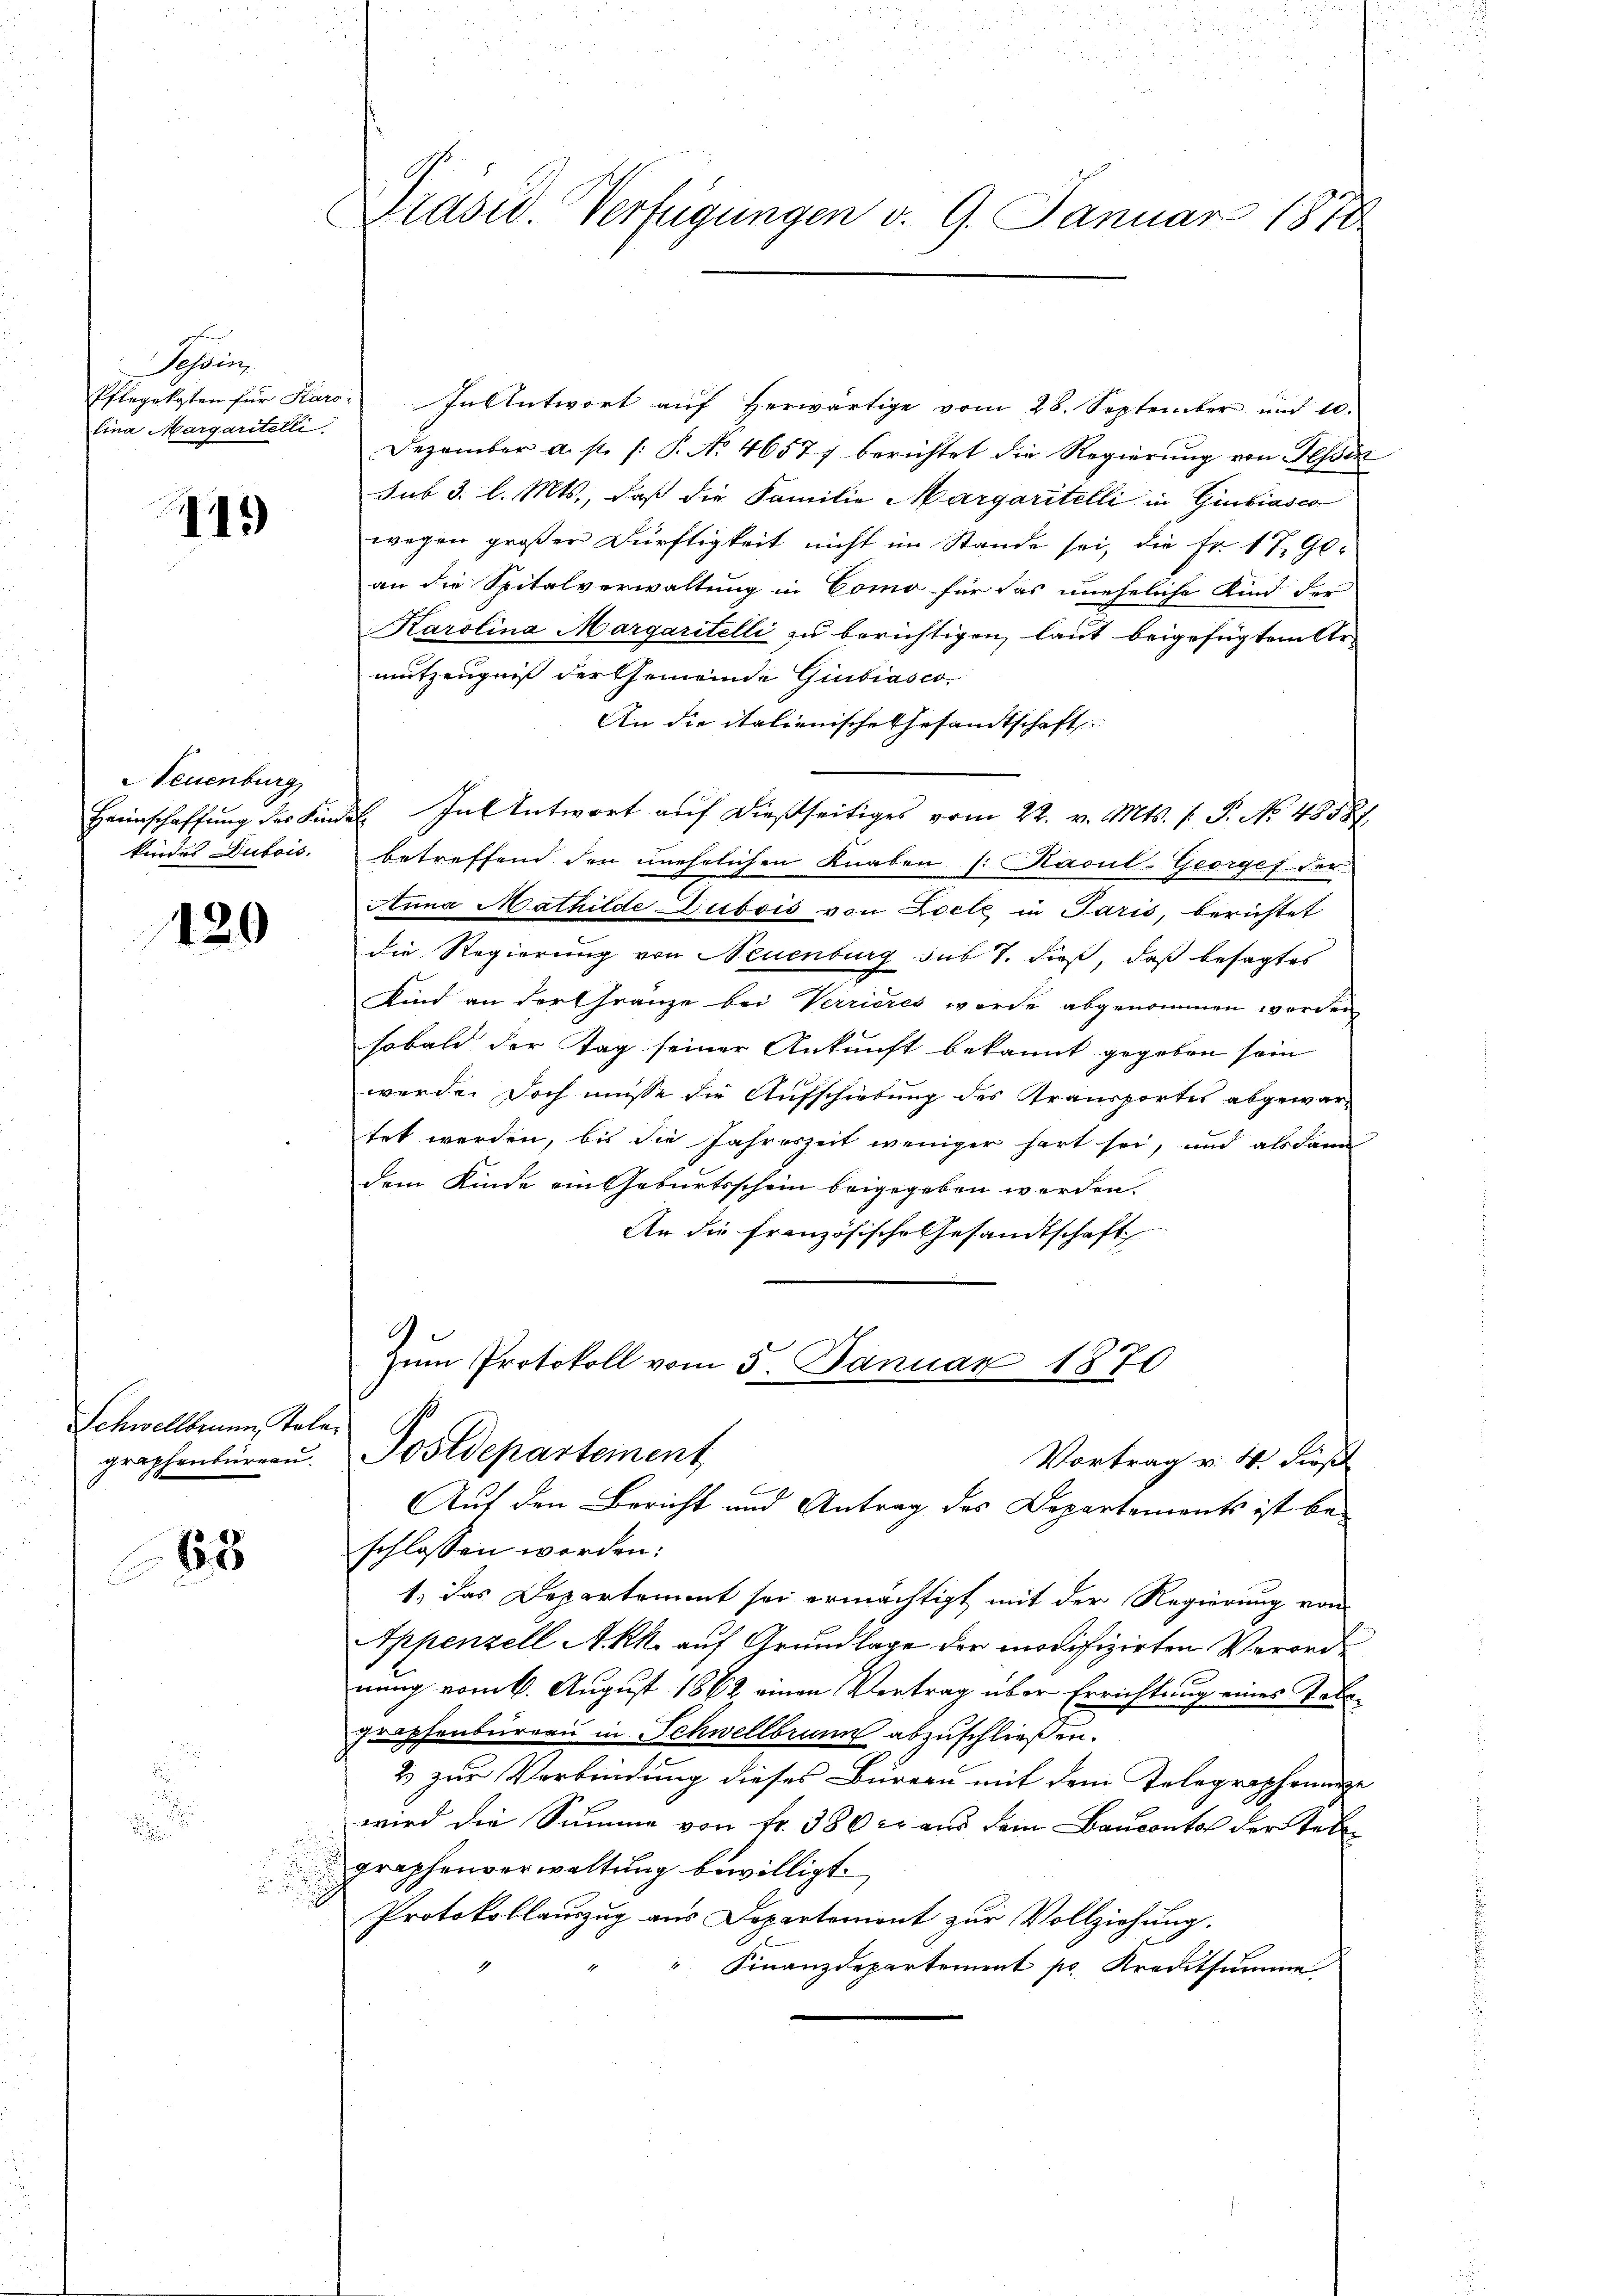
Tessin,
lina Margaritelli

d

41.)

Neuenburg
kindes Dubois.

420

Schwellbrunn, Kala

63

.

u

Präsid. Verfügungen d. 9. Januar 1870

Pflegekosten für Karo: In Antwort auf Herwärtige vom 28. September und 10.
Dezember a. p. /: P. No. 46577 berichtet die Regierŭng von Tessin
sub 3. l. Mts., daß die Familie Margaritelli in Giubiasco
wegen großer Dürftigkeit nicht im Stande sei, die Fr. 17, Ge-
an die Spitalverwaltung in Como für das uneheliche Kind der
Karolina Margaritelli zu berichtigen, laut beigefügtem Ar-
mutzeugniß der Gemeinde Giubiasco
An die italienische Gesandtschaft
Heimschaffung des Kindel Inl Antwort auf dießseitiges vom 22. v. Mts. f. P. No 48587.
betreffend den unehelichen Knaben [Racul-Georges der
Anna Mathilde Dubois von Loele in Paris, berichtet
die Regierung von Neuenburg sub 7. dieß, daß besagtes
Kind an der Gränze bei Verrieres werde abgenommen werden
sobald der Tag seiner Ankunft bekannt gegeben sein
werde. Doch müsse die Aufschiebung des Transportes abgewartet werden, bis die Jahreszeit weniger hart sei, und alsdann
dem Kinde ein Geburtsschein beigegeben werden.
An die französische Gesandtschaft
9
zŭm Protokoll vom 5. Januar 1870
graphenbüreaŭ. Postdepartement
Vortrag v. 4. dieß
b
Auf den Bericht und Antrag des Departements ist beschlossen worden:
1.) das Departement sei ermächtigt mit der Regierung von
Appenzell Akk. auf Grundlage der modifizirten Verorde
nung vom 6. August 1862 einen Vertrag über Errichtung eines Tabegraphenburgen in Schwellbrunn abzuschließen.
2 zur Verbindung dieses Bureau mit dem Telegrapheninge
wird die Summe von Fr. 380 cr aus dem Baucontol der Tele
graphenverwaltung bewilligt.
Protokollauszug aus Departemont zur Vollziehung.
Finanzdepartement pr. Kreditsumme